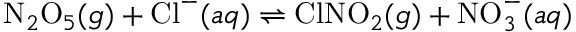
\mathrm { N } _ { 2 } \mathrm { O } _ { 5 } ( g ) + \mathrm { C l } ^ { - } ( a q ) \rightleftharpoons \mathrm { C l N O } _ { 2 } ( g ) + \mathrm { N O } _ { 3 } ^ { - } ( a q )